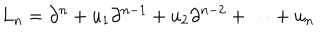
L _ { n } = \partial ^ { n } + u _ { 1 } \partial ^ { n - 1 } + u _ { 2 } \partial ^ { n - 2 } + \cdots + u _ { n }